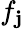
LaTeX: f_{\mathbf{j}}